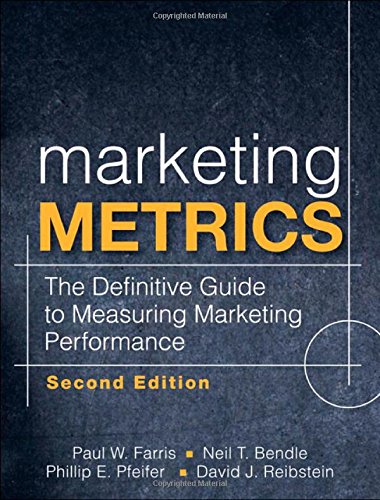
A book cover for Marketing Metrics: The Definitive Guide to Measuring Marketing Performance (2nd Edition); Paul W. Farris; Computers & Technology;